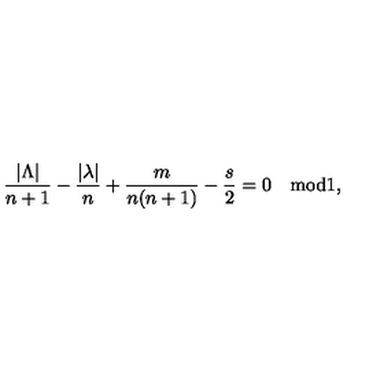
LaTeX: \frac { | \Lambda | } { n + 1 } - \frac { | \lambda | } { n } + { \frac { m } { n ( n + 1 ) } } - { \frac { s } { 2 } } = 0 \quad \mathrm { m o d } 1 ,